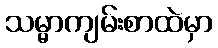
သမ္မာကျမ်းစာထဲမှာ